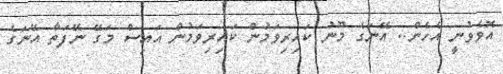
އޮވެވުނީ އެހެން.. އޭނަގެ މޫނު ކައިރިވަމުން ކައިރިވަމުން އައިސް މަގޭ ނޭފަތާ އޭނަގެ